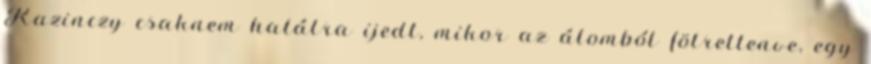
Kazinczy csaknem halálra ijedt, mikor az álomból fölrettenve, egy